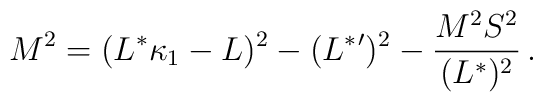
M^2 =(L^* \kappa_1 - L )^2   - (L^*{}')^2 -  { M^2 S^2\over (L^*)^2}\,.